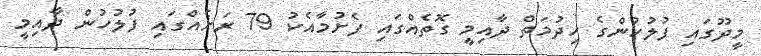
މީދޫގައި ފުލުހުންގެ ހިދުމަތް ދާއިމީ ގޮތެއްގައި ފެށުމާއެކު 79 ރަށެއްގައި ފުލުހުން ދާއިމީ